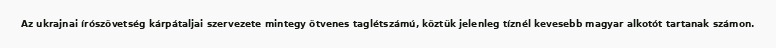
Az ukrajnai írószövetség kárpátaljai szervezete mintegy ötvenes taglétszámú, köztük jelenleg tíznél kevesebb magyar alkotót tartanak számon.